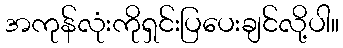
အကုန်လုံးကိုရှင်းပြပေးချင်လို့ပါ။